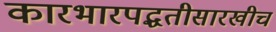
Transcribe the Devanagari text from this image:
कारभारपद्धतीसारखीच